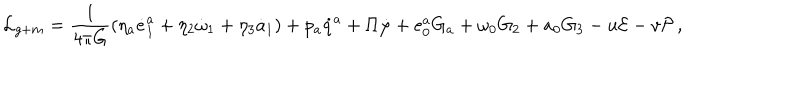
LaTeX: { \cal L } _ { g + m } = \frac { 1 } { 4 \pi G } \left( \eta _ { a } \dot { e } _ { 1 } ^ { a } + \eta _ { 2 } \dot { \omega } _ { 1 } + \eta _ { 3 } \dot { a } _ { 1 } \right) + p _ { a } \dot { q } ^ { a } + \Pi \dot { \varphi } + e _ { 0 } ^ { a } G _ { a } + \omega _ { 0 } G _ { 2 } + a _ { 0 } G _ { 3 } - u { \cal E } - v { \cal P } \, ,